Report on vaccination in Madras 1877-1894 - 1877-1894
Year: 1877
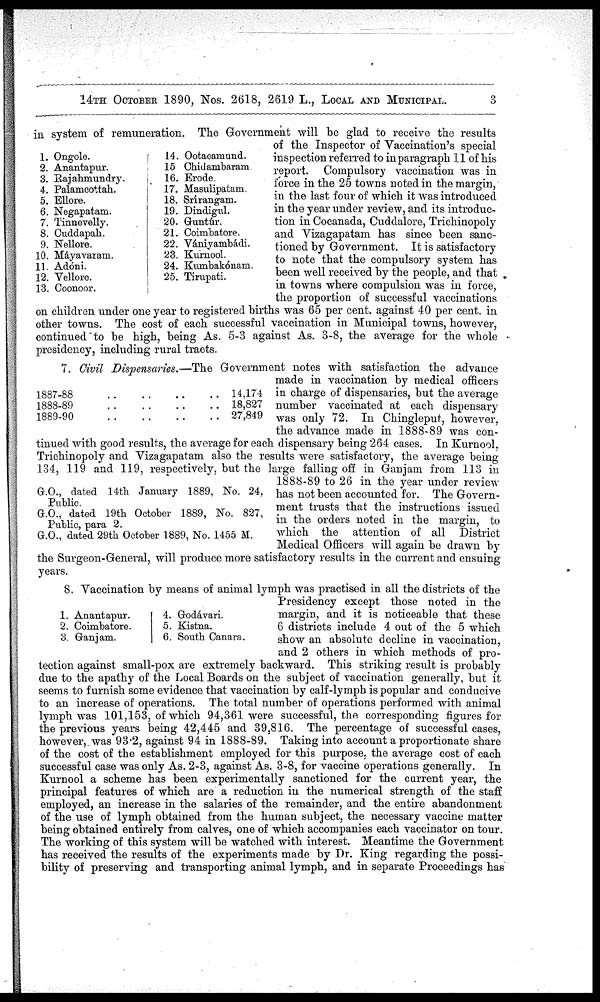
14TH OCTOBER 1890, Nos. 2618, 2619 L., LOCAL AND MUNICIPAL.
3
1. Ongole.
2. Anantapur.
3. Rajahmundry.
4. Palamcottah.
5. Ellore.
6. Negapatam.
7. Tinnevelly.
8. Cuddapah.
9. Nellore.
10. Máyavaram.
11. Adóni.
12. Vellore.
13. Coonoor.
14. Ootacamund.
15 Chidambaram.
16. Erode.
17. Masulipatam.
18. Srírangam.
19. Dindigul.
20. Guntúr.
21. Coimbatore.
22. Vániyambádi.
23. Kurnool.
24. Kumbakónam.
25. Tirupati.
in system of remuneration. The Government will be glad to receive the results
of the Inspector of Vaccination's special
inspection referred to in paragraph 11 of his
report. Compulsory vaccination was in
force in the 25 towns noted in the margin,
in the last four of which it was introduced
in the year under review, and its introduc-
tion in Cocanada, Cuddalore, Trichinopoly
and Vizagapatam has since been sanc-
tioned by Government. It is satisfactory
to note that the compulsory system has
been well received by the people, and that
in towns where compulsion was in force,
the proportion of successful vaccinations
on children under one year to registered births was 65 per cent. against 40 per cent. in
other towns. The cost of each successful vaccination in Municipal towns, however,
continued to be high, being As. 5-3 against As. 3-8, the average for the whole
presidency, including rural tracts.
1887-88
..
..
..
..
1888-89
..
..
..
..
1889-90
..
..
..
..
14,174
18,827
27,849
G.O., dated 14th January 1889, No. 24,
Public.
G.O., dated 19th October 1889, No. 827,
Public, para 2.
G.O., dated 29th October 1889, No. 1455 M.
7. Civil Dispensaries.—The Government notes with satisfaction the advance
made in vaccination by medical officers
in charge of dispensaries, but the average
number vaccinated at each dispensary
was only 72. In Chingleput, however,
the advance made in 1888-89 was con-
tinued with good results, the average for each dispensary being 264 cases. In Kurnool,
Trichinopoly and Vizagapatam also the results were satisfactory, the average being
134, 119 and 119, respectively, but the large falling off in Ganjam from 113 in
1888-89 to 26 in the year under review
has not been accounted for. The Govern-
ment trusts that the instructions issued
in the orders noted in the margin, to
which the attention of all District
Medical Officers will again be drawn by
the Surgeon-General, will produce more satisfactory results in the current and ensuing
years.
1. Anantapur.
2. Coimbatore.
3. Ganjam.
4. Godávari.
5. Kistna.
6. South Canara.
8. Vaccination by means of animal lymph was practised in all the districts of the
Presidency except those noted in the
margin, and it is noticeable that these
6 districts include 4 out of the 5 which
show an absolute decline in vaccination,
and 2 others in which methods of pro-
tection against small-pox are extremely backward. This striking result is probably
due to the apathy of the Local Boards on the subject of vaccination generally, but it
seems to furnish some evidence that vaccination by calf-lymph is popular and conducive
to an increase of operations. The total number of operations performed with animal
lymph was 101,153, of which 94,361 were successful, the corresponding figures for
the previous years being 42,445 and 39,816. The percentage of successful cases,
however, was 93.2, against 94 in 1888-89. Taking into account a proportionate share
of the cost of the establishment employed for this purpose, the average cost of each
successful case was only As. 2-3, against As. 3-8, for vaccine operations generally. In
Kurnool a scheme has been experimentally sanctioned for the current year, the
principal features of which are a reduction in the numerical strength of the staff
employed, an increase in the salaries of the remainder, and the entire abandonment
of the use of lymph obtained from the human subject, the necessary vaccine matter
being obtained entirely from calves, one of which accompanies each vaccinator on tour.
The working of this system will be watched with interest. Meantime the Government
has received the results of the experiments made by Dr. King regarding the possi-
bility of preserving and transporting animal lymph, and in separate Proceedings has